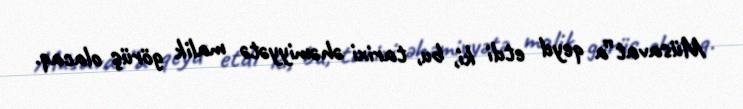
Müsavat”a qeyd etdi ki, bu, tarixi əhəmiyyətə malik görüş olacaq.